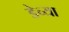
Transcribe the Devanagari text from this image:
डेच्या